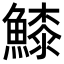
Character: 𩺲